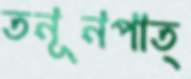
তনূনপাত্